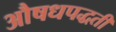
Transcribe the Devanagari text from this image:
औषधपद्धती